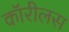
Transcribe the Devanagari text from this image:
कॉरीलस